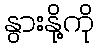
နွားနို့ကို